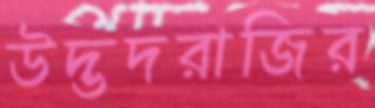
উদ্ভদরাজির